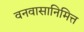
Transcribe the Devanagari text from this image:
वनवासानिमित्त